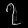
Digit: ၇